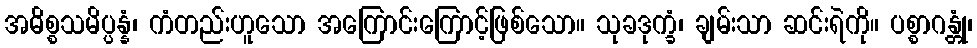
အဓိစ္စသမိပ္ပန္နံ၊ ကံတည်းဟူသော အကြောင်းကြောင့်ဖြစ်သော။ သုခဒုက္ခံ၊ ချမ်းသာ ဆင်းရဲကို။ ပစ္စာဂန္တုံ၊